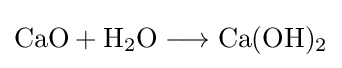
{\mathrm {CaO} {}+{}\mathrm {H} {\vphantom {A}}_{\smash[{t}]{2}}\mathrm {O} {}\mathrel {\longrightarrow } {}\mathrm {Ca} (\mathrm {OH} ){\vphantom {A}}_{\smash[{t}]{2}}}